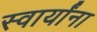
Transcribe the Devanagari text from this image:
स्वार्यांना